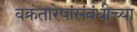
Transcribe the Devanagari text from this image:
वक्रतारेषांसंबंधीच्या